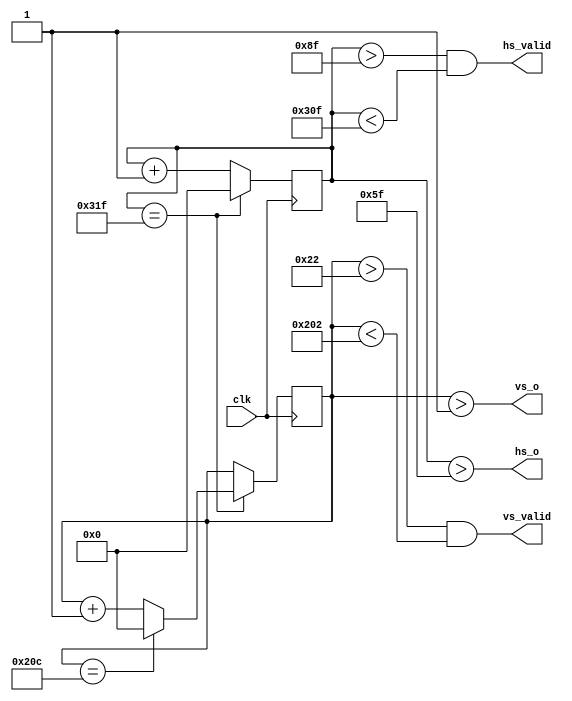
module vga(
	   input  clk,
	   output vs_o,
	   output vs_valid,
	   output hs_o,
	   output hs_valid
	   );
   
   parameter H_PIX = 640;
   parameter H_SYNC_PULSE = 96; 
   parameter H_FP = 16;
   parameter H_BP = 48;
   parameter H_SYNC = H_PIX + H_SYNC_PULSE + H_FP + H_BP;
   
   parameter V_PIX = 480;
   parameter V_SYNC_PULSE = 2;
   parameter V_FP = 10; 
   parameter V_BP = 33; 
   parameter V_SYNC = V_PIX + V_SYNC_PULSE + V_FP + V_BP;
   
   localparam H_SYNC_WIDTH = $clog2(H_SYNC);
   localparam V_SYNC_WIDTH = $clog2(V_SYNC);
   
   reg [H_SYNC_WIDTH - 1 : 0] ctr_h = 0;
   reg [V_SYNC_WIDTH - 1 : 0] ctr_v = 0;
   
   always @ (posedge clk)
     begin
	if (ctr_h == H_SYNC - 1)
	  begin
	     ctr_h <= 0;
	  end
	else
	  begin
	     ctr_h <= ctr_h + 1;
	  end
     end // always @ (posedge clk)
   
   always @ (posedge clk)
     begin
	if (ctr_h == H_SYNC - 1)
	  begin
	     if (ctr_v == V_SYNC - 1)
	       begin
		  ctr_v <= 0;
	       end
	     else
	       begin
		  ctr_v <= ctr_v + 1;
	       end
	  end
     end // always @ (posedge clk)
   
   assign hs_o = (ctr_h > H_SYNC_PULSE - 1);
   assign vs_o = (ctr_v > V_SYNC_PULSE - 1);
   assign hs_valid = (ctr_h > H_SYNC_PULSE + H_BP - 1) & (ctr_h < H_SYNC_PULSE + H_BP + H_PIX - 1);
   assign vs_valid = (ctr_v > V_SYNC_PULSE + V_BP - 1) & (ctr_v < V_SYNC_PULSE + V_BP + V_PIX - 1);
   
endmodule